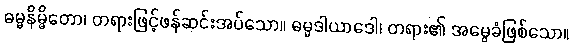
ဓမ္မနိမ္မိတော၊ တရားဖြင့်ဖန်ဆင်းအပ်သော။ ဓမ္မဒါယာဒေါ၊ တရား၏ အမွေခံဖြစ်သော။